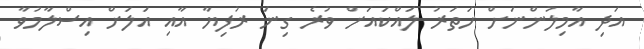
އަދި އާމިލުންނަށް ހަތަރު ލައްކައަށް ވުރެ ގިނަ ރުފިޔާ އާއި އަލަށް އިސްލާމުވާ